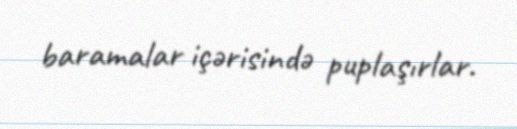
baramalar içərisində puplaşırlar.